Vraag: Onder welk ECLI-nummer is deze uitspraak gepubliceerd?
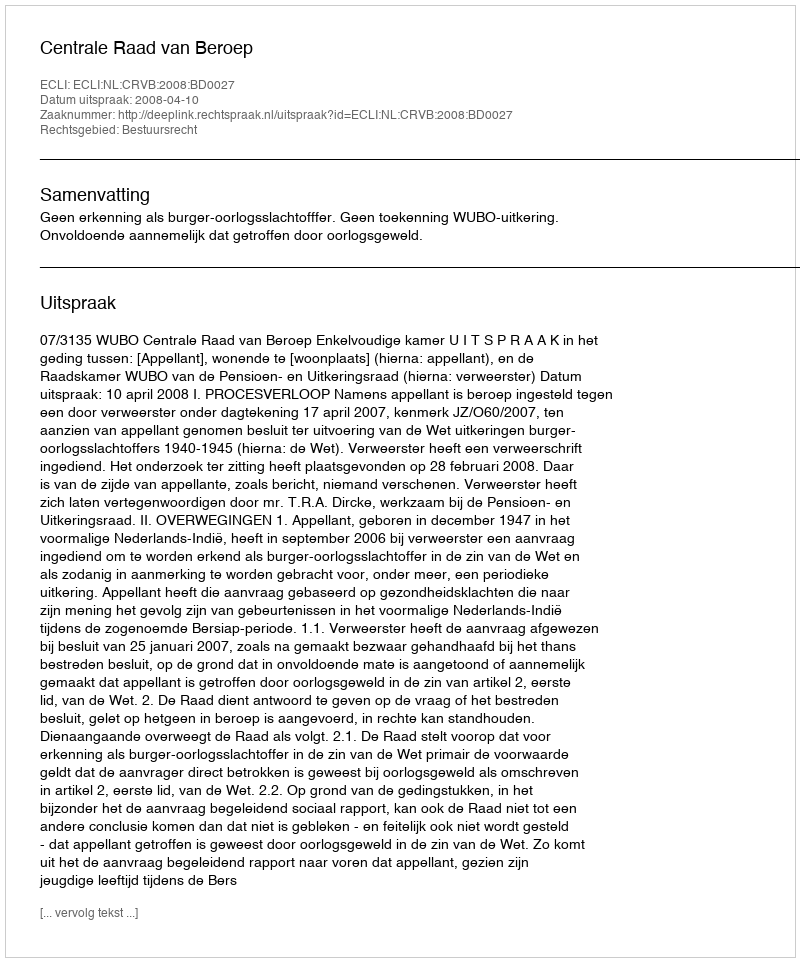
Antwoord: ECLI:NL:CRVB:2008:BD0027